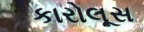
કારોલૂસ